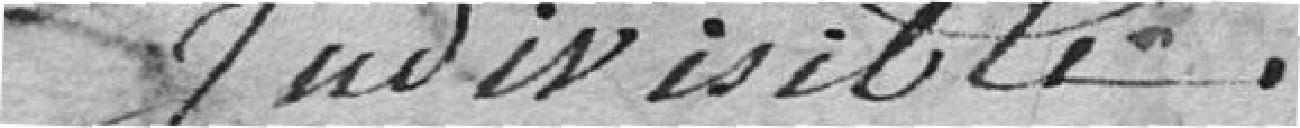
indivisible,